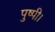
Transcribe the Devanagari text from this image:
पुष्पी।